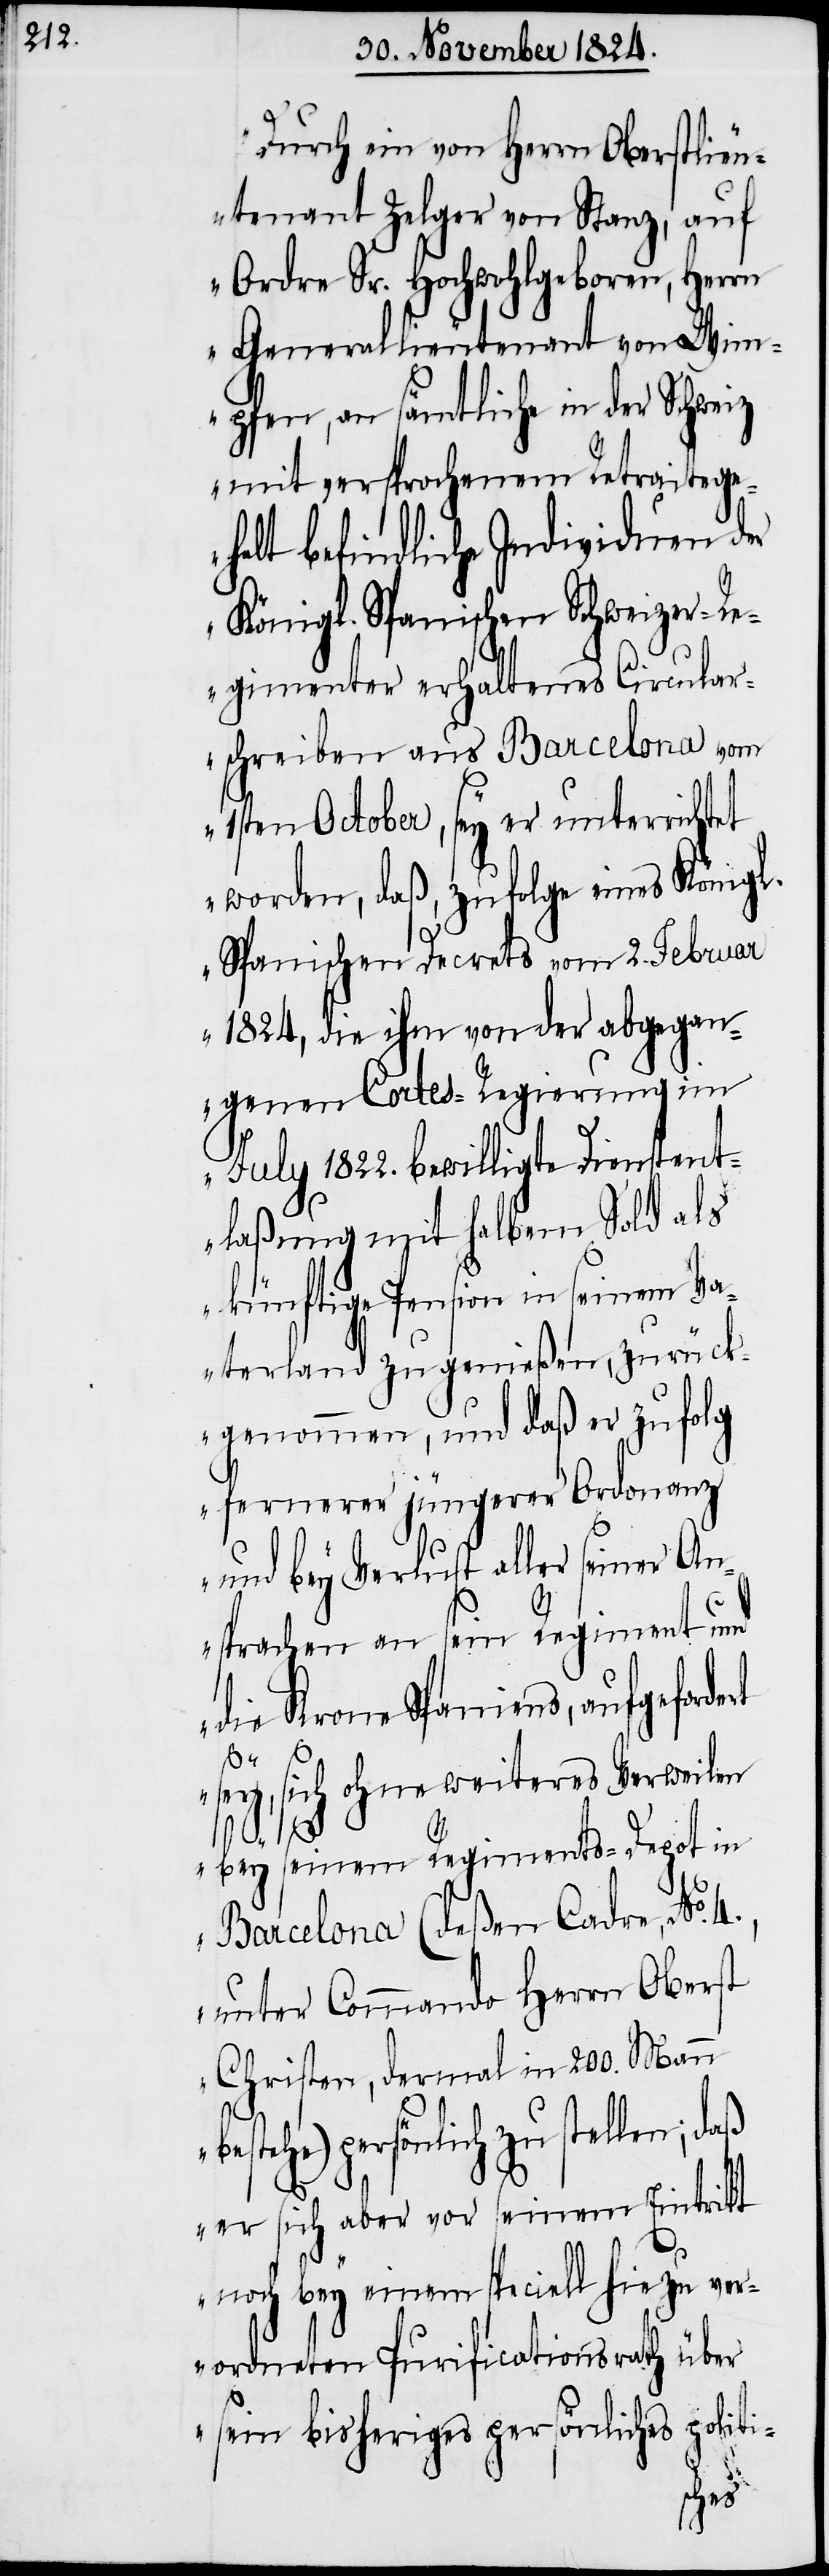
„Durch ein von Herrn Oberstlieu¬
tenant Zelger von Stanz, auf
Ordre Sr. Hochwohlgeboren, Herrn
Generallieutenant von Wim¬
pfen, an sämtliche in der Schweiz
mit versprochenem Retraitege¬
halt befindliche Individuen der
Königl. Spanischen Schweizer-R¬
egimenter verhaltenes Circular¬
schreiben aus Barcelona vom
1sten October, sey er unterrichtet
worden, daß, zufolge eines Königl.
Spanischen Decrets vom 2. Februar
1824, die ihm von der abgegan¬
genen Cortes-Regierung im
July 1822. bewilligte Dienstent¬
laßung mit halbem Sold als
künftige Pension in seinem Va¬
terland zu genießen, zurück¬
genommen, und daß er zufolg
fernerer jüngerer Ordonanz
und bey Verlust aller seiner An¬
sprachen an sein Regiment und
die Krone Spaniens, aufgeforde¬
rt
sey, sich ohne weiteres Verweilen
bey seinem Regiments-Depot in
Barcelona (deßen Cadre, No.
unter Commando Herrn Oberst
Christen, dermal in 200. Mann
persönlich zu stellen; daß
er sich aber vor seinem Eintritt
noch bey einem speciell hiezu ver¬
ordneten Purificationsrath über
sein bisheriges persönliches politi-